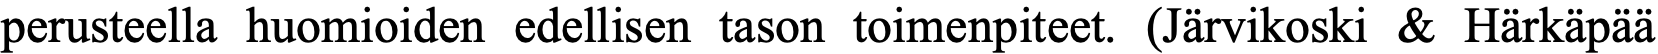
perusteella huomioiden edellisen tason toimenpiteet. (Järvikoski & Härkäpää